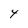
Character: 4